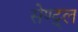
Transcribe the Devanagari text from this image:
सेण्ट्र्ल